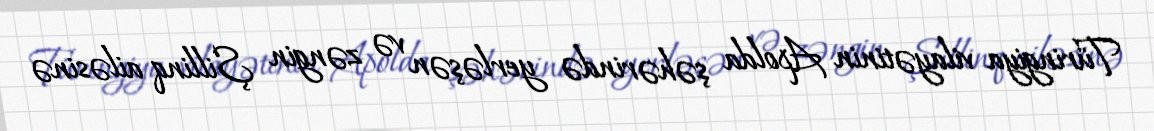
Türingiya vilayətinin Apolda şəhərində yerləşən və zəngin Şillinq ailəsinə